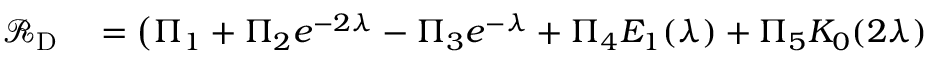
\begin{array} { r l } { \mathcal { R } _ { \mathrm { D } } } & { { } = \big ( \Pi _ { 1 } + \Pi _ { 2 } e ^ { - 2 \lambda } - \Pi _ { 3 } e ^ { - \lambda } + \Pi _ { 4 } E _ { 1 } ( \lambda ) + \Pi _ { 5 } K _ { 0 } ( 2 \lambda ) } \end{array}